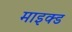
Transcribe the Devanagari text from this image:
माइक्ड